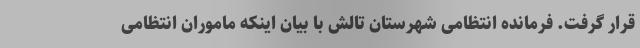
قرار گرفت. فرمانده انتظامی شهرستان تالش با بیان اینکه ماموران انتظامی